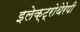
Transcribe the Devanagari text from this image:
इलेक्ट्रोथेरेपी